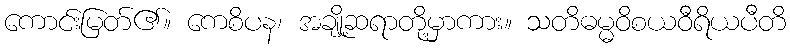
ကောင်းမြတ်၏။ ကေစိပန၊ အချို့ဆရာတို့မှာကား။ သတိဓမ္မဝိစယဝီရိယပီတိ